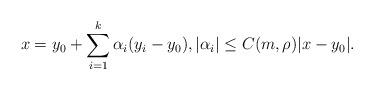
LaTeX: \begin{align*}x = y_{0} + \sum_{i=1}^{k} \alpha_{i} (y_{i}-y_{0}), |\alpha_{i}| \leq C(m,\rho) |x-y_{0}|.\end{align*}